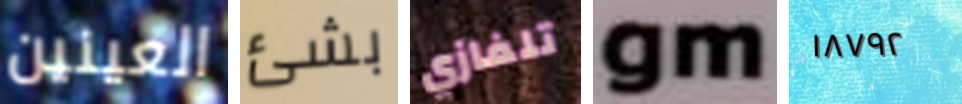
العينين بشئ تلفازي gm ١٨٧٩٢